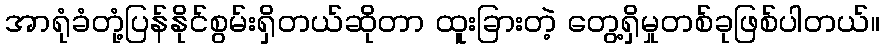
အာရုံခံတုံ့ပြန်နိုင်စွမ်းရှိတယ်ဆိုတာ ထူးခြားတဲ့ တွေ့ရှိမှုတစ်ခုဖြစ်ပါတယ်။